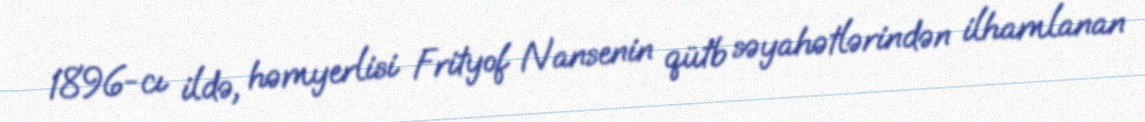
1896-cı ildə, həmyerlisi Frityof Nansenin qütb səyahətlərindən ilhamlanan